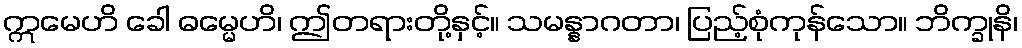
ဣမေဟိ ခေါ ဓမ္မေဟိ၊ ဤတရားတို့နှင့်။ သမန္နာဂတာ၊ ပြည့်စုံကုန်သော။ ဘိက္ခုနိ၊